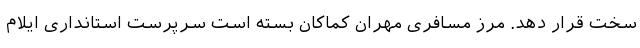
سخت قرار دهد. مرز مسافری مهران کماکان بسته است سرپرست استانداری ایلام